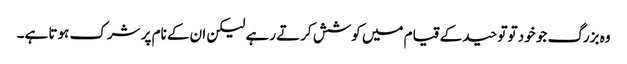
وہ بزرگ جو خود تو توحید کے قیام میں کوشش کرتے رہے لیکن ان کے نام پر شرک ہوتا ہے۔